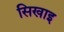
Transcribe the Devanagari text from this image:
सिखाइ